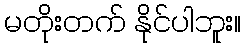
မတိုးတက် နိုင်ပါဘူး။